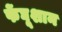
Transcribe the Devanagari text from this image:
फेंघूशान